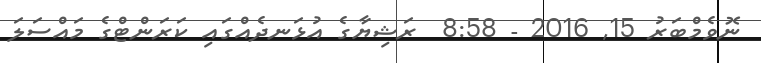
ނޮވެމްބަރު 15